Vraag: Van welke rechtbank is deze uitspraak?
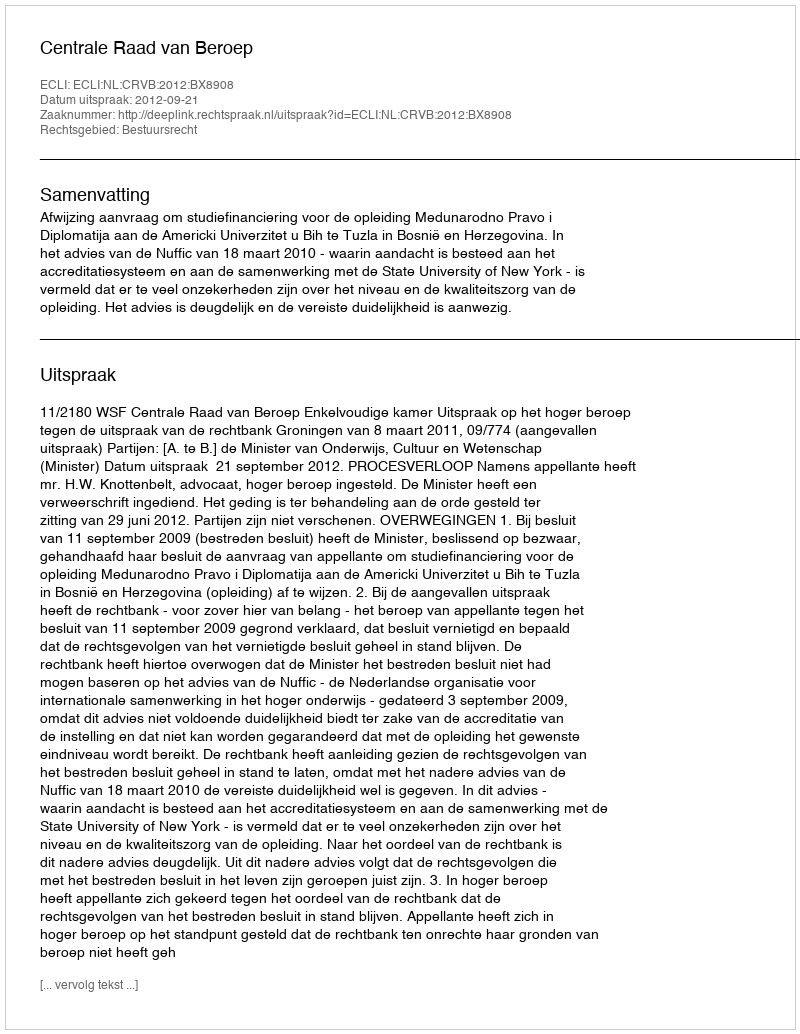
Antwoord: Centrale Raad van Beroep